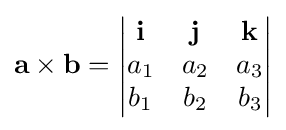
\mathbf {a\times b} ={\begin{vmatrix}\mathbf {i} &\mathbf {j} &\mathbf {k} \\a_{1}&a_{2}&a_{3}\\b_{1}&b_{2}&b_{3}\\\end{vmatrix}}